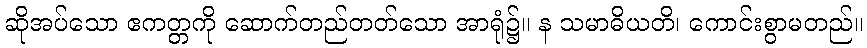
ဆိုအပ်သော ဧကတ္တကို ဆောက်တည်တတ်သော အာရုံ၌။ န သမာဓိယတိ၊ ကောင်းစွာမတည်။